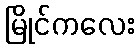
မြိုင်ကလေး